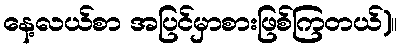
နေ့လယ်စာ အပြင်မှာစားဖြစ်ကြတယ်)။